Rongu_vallavalitsus, lk 7
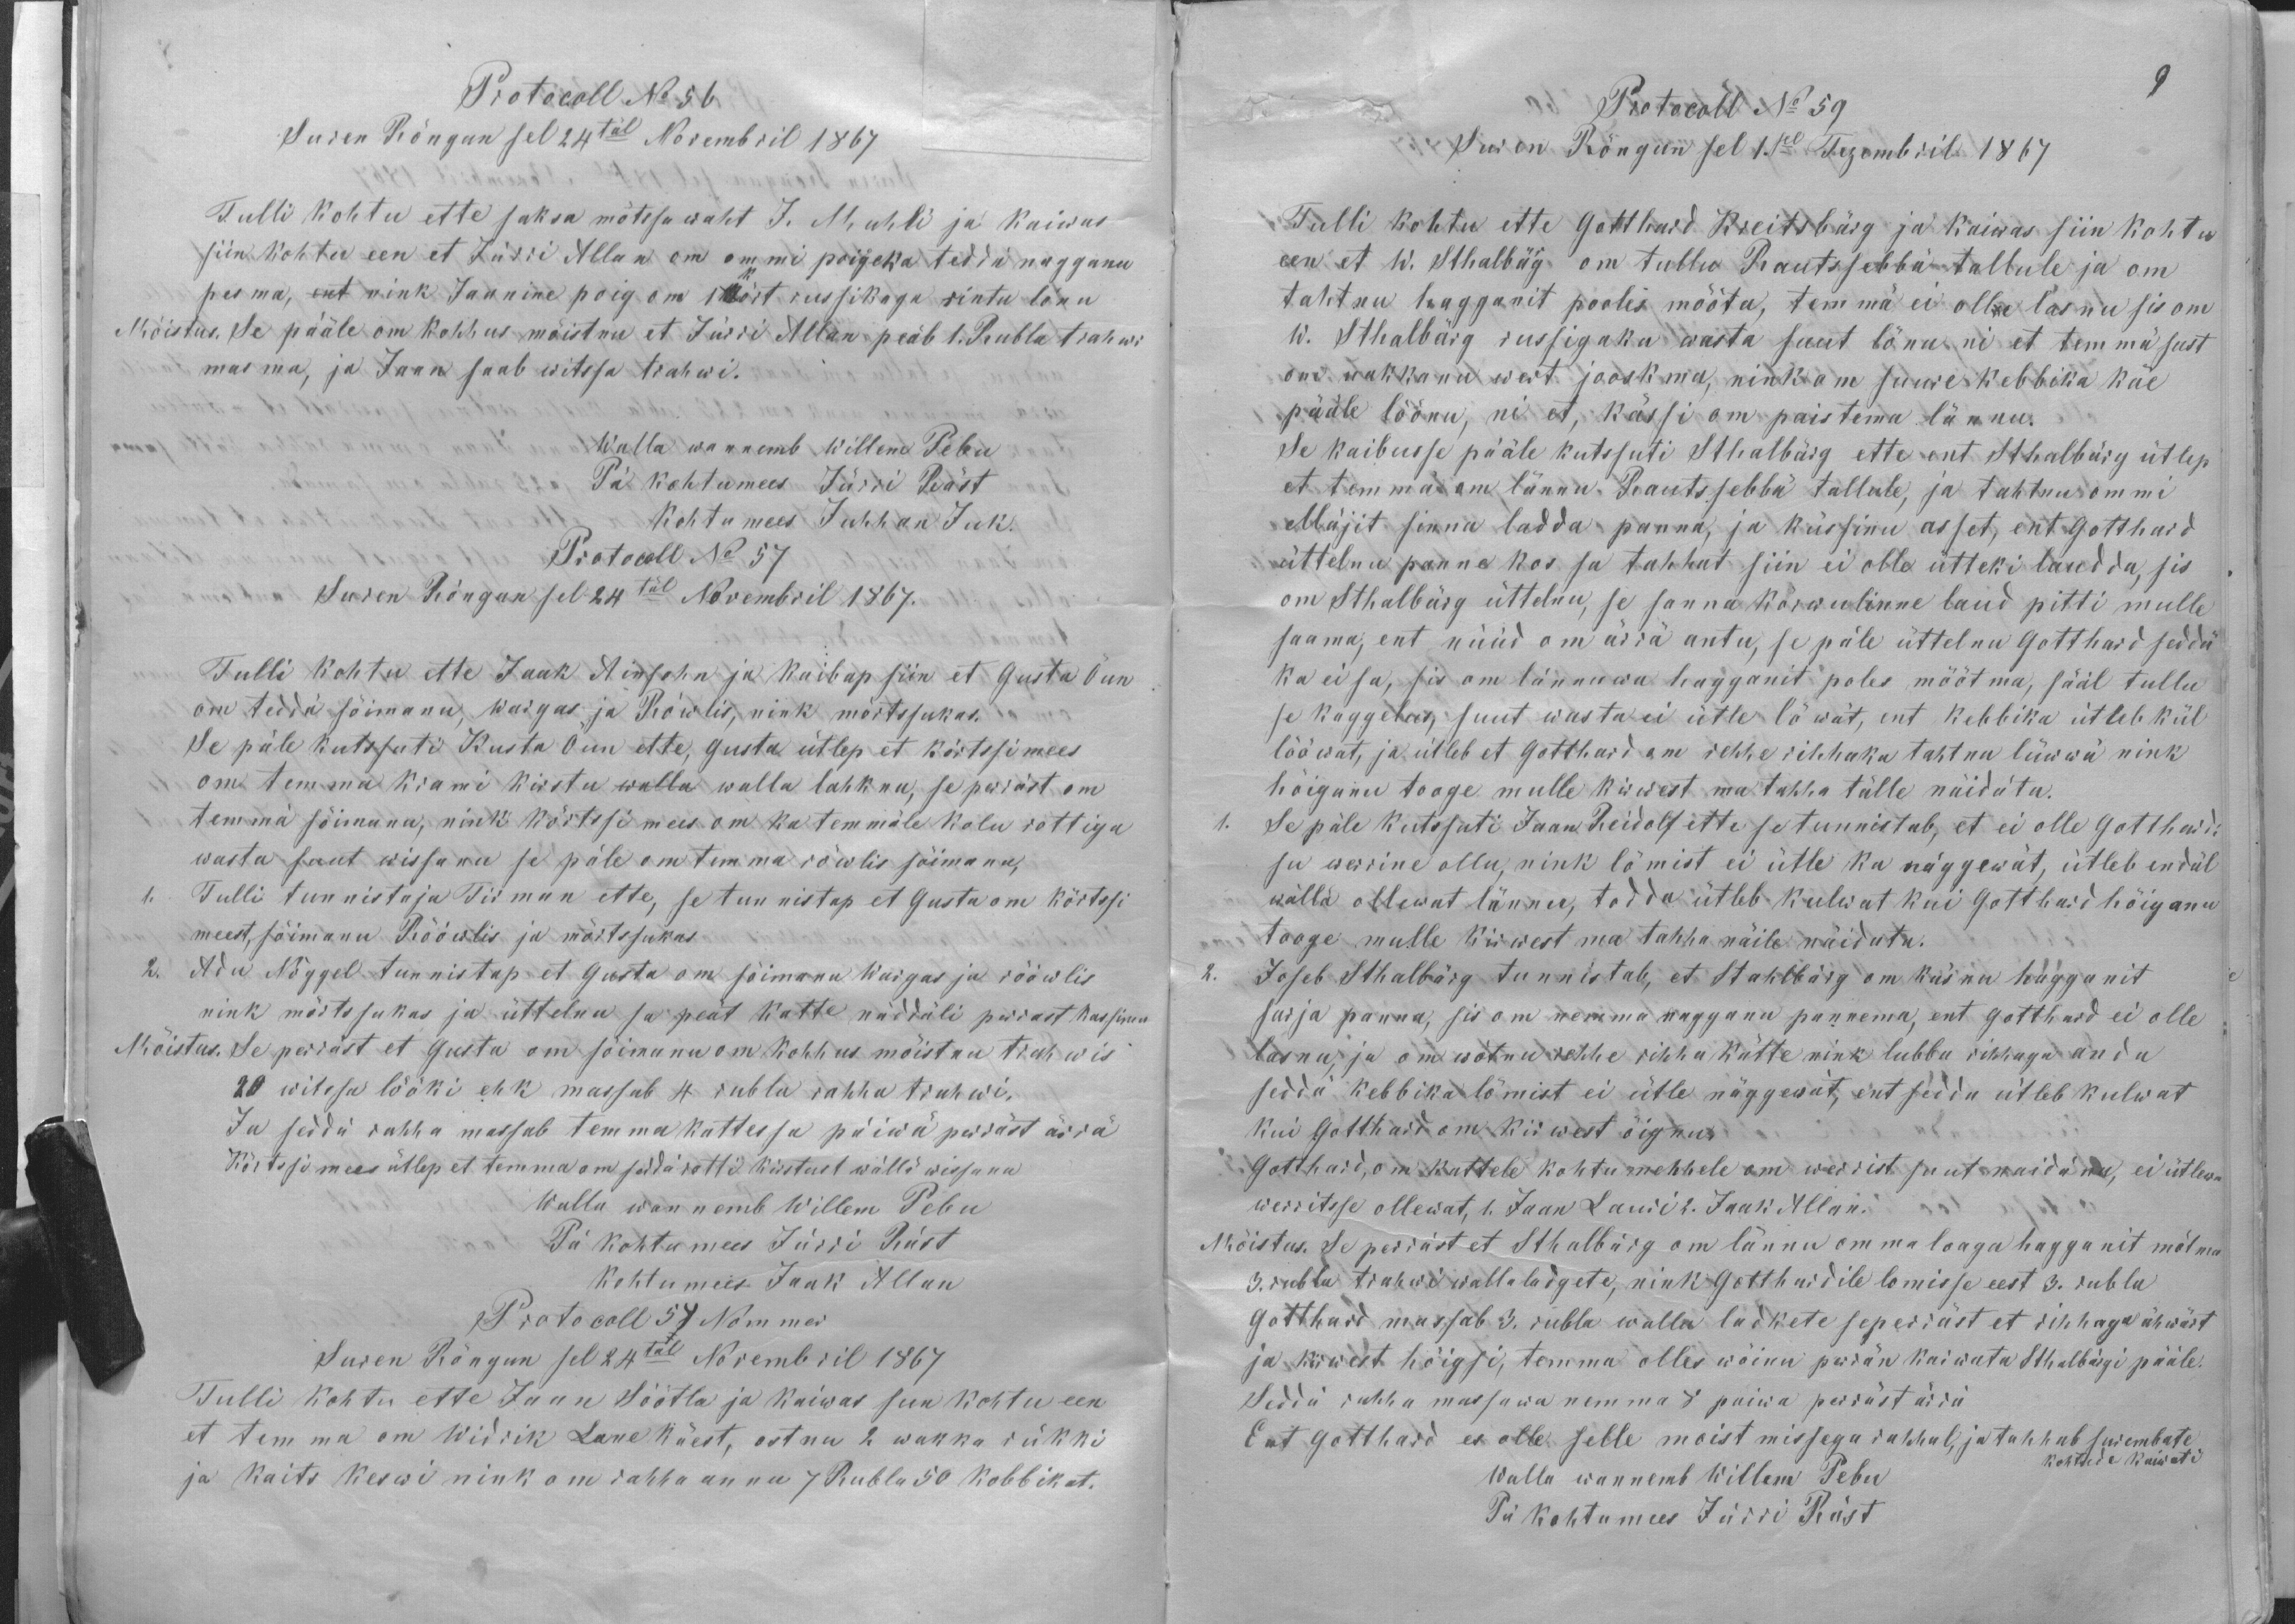
Protokoll No 56
Suren Rõngun sel 24täl Novembril 1867
Tulli kohtu ette saksa mõtssa waht J. Muhli ja kaiwas
siin kohtu een et Jürri Allan om ommi poigeka teddä nagganu
pesma, ent nink Jannine poig om 1 kõrt russikaga rintu lönu
Mõistus. Se pääle om kohhus mõistnu et Jürri Allan peäb 1. Rubla trahwi
masma, ja Jaan saab witssa trahwi.
Walla wannemb Willem Pebu
Pä kohtumees Jürri Räst
Kohtu mees Juhhan Juk.
Protocoll No 57
Suren Rõngun sel 24täl Novembril 1867.
Tulli kohtu ette Jaak Ainsohn ja kaibap siin et Gusta Õun
on teddä sõimanu, wargas ja Röwlis, nink mõrtsukas.
Se päle kutssuti Kusta Õun ette, Gusta ütlep et kõrtssimees
om temma Krami kirstu walla walla lahknu, se perräst om
temmä sõimanu, nink kõrtssi mees om ka temmäle kolu rottiga
wasta suut wissanu se päle om temma röwlis sõimanu,
1. Tulli tunnistaja Tirman ette, se tunnistap et Gusta om kõrtssi
meest, sõimanu Rööwlis ja mõrtssukas.
2. Adu Nõggel tunnistap et Gusta oma sõimanu Wargas ja rööwlis
nink mõrtssukas ja üttelnu sa peät katte näddäli perrast Massima
Mõistus. Se perräst et Gusta om sõimanu om kohhus mõistnu trahwis
20 witsa lööki ehk massab 4 rubla rahha trahwi.
Ja seddä rahha massab temma kattessa päiwä perräst ärrä
Kõrtssimees ütlep et temma om seddä rotti kirstust wällä wissanu
Walla wannemb Willem Pebu
Pä kohtumees Jürri Räst
Kohtumees Jaak Allan
Protocoll 57 Nommer
Suren Rõngun sel 24tal Nõvembril 1867
Tulli kohtu ette Jaan Söötla ja kaiwas siin kohtu een
et temma om Widrik Lane käest, ostnu 2 wakka rükki
ja kaits keswi nink om rahha annu 7 Rubla 50 kobbikat.

Protocoll No 59
9
Suren Rõngun sel 1sel Tezembril 1867
Tulli kohtu ette Gotthard Kreitsbärg ja kaiwas siin kohtu
een et W. Sthalbärg om tullu Rautssebbä tallule ja om
tahtnu hagganit pooles mõõtu, temmä ei ollu lasnu sis om
W. Sthalbärg russigaka wasta suut lönu ni et temmä sust
om nakkanu wert jooskma, nink om  on suure kebbika käe
pääle löönu, ni et, kässi om paistema lännu.
Se kaibusse pääle kutssuti Stahlbärg ette ent Sthalbärg ütlep
et temmä om lännu Rautsebbä tallule, ja tahtnu ommi
Müjit sinna ladda panna, ja küssinu asset, ent Gotthard
üttelnu panne kos sa tahhat siin ei olle ütteki laudda, sis
om Sthalbärg üttelnu, se sanna kõrwulinne laud pitti mulle
saama, ent nüüd om ärrä antu, se päle üttelnu Gotthard seddä
ka ei sa, sis om lännuwa hagganit poles mõõtma, sääl tullu
se kaggelus, suut wasta ei ütle löwät, ent kebbika ütleb kül
lööwat, ja ütleb et Gotthard om rehhe rihhaka tahtnu lüwwä nink
hõiganu tooge mulle kirwest ma tahha tälle näidäta.
1. Se päle kutssuti Jaan Reidolf ette se tunnistab, et ei olle Gotthardi
su werrine ollu, nink lömist ei ütle ka näggewät, ütleb endäl
wällä ollewat lännu, todda ütleb kulwat kui Gotthard hõiganu
tooge mulle kirwest ma tahha näile näidata.
2. Joseb Sthalbärg tunnistab, et Stahlbärg om käsnu hagganit
sarja panna, sis om nemma nagganu pannema, ent Gottlhard ei olle
lasnu, ja om wõtnu rehhe rihha kätte nink lubba rihhaga anda
seddä kebbika lömist ei ütle näggewat, ent seda ütleb kulwat
kui Gotthard om kirwest õignu.
Gotthard, on kattele kohtu mehhele om werrist suut naidänu, ei ütlewa
werritsse ollewat, 1. Jaan Lauri. Jaak Allan.
Mõistus. Se perräst et Sthalbärg om lännu omma loaga hagganit mõtma
3. rubla trahwi walla ladgete, nink Gotthardile lomisse eest 3. Rubla
Gotthard massab 3. rubla walla ladkete seperräst et rihhaga ähvärt
ja kirwest hõigsi, temma olles wõinu perrän kaiwata Sthalbärgi pääle.
Seddä rahha massawa nemmad 8 paiwa perräst ärrä
Ent Gotthard es olle selle moist missega rahhul, ja tahhab surembate
kohtude kaiwati
Walla wannemb Willem Pebu
Pä kohtumees Jürri Räst